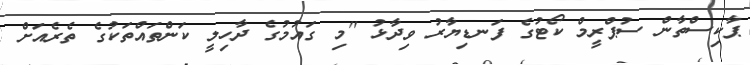
ޕާކިސްތާން ސުޕްރީމް ކޯޓުގެ ފަނޑިޔާރު ވިދާޅު ''މި ގައުމުގެ ދާހިލީ ކަންތައްތަކުގެ ތެރެއަށް